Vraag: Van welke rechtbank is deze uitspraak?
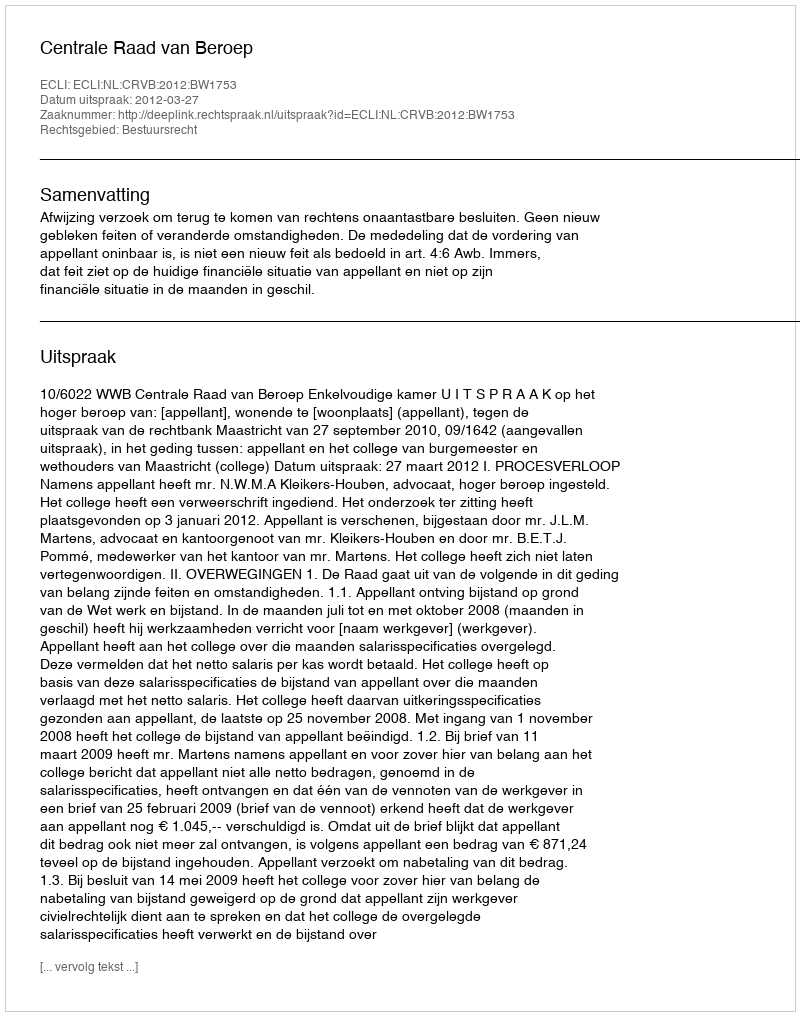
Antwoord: Centrale Raad van Beroep